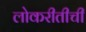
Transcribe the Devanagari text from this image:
लोकरीतीची